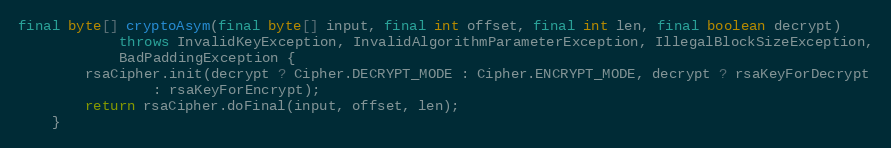
Language: Java
final byte[] cryptoAsym(final byte[] input, final int offset, final int len, final boolean decrypt)
			throws InvalidKeyException, InvalidAlgorithmParameterException, IllegalBlockSizeException,
			BadPaddingException {
		rsaCipher.init(decrypt ? Cipher.DECRYPT_MODE : Cipher.ENCRYPT_MODE, decrypt ? rsaKeyForDecrypt
				: rsaKeyForEncrypt);
		return rsaCipher.doFinal(input, offset, len);
	}